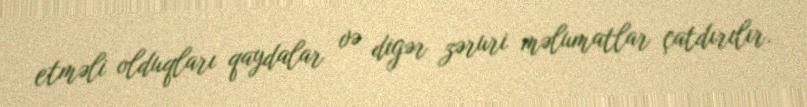
etməli olduqları qaydalar və digər zəruri məlumatlar çatdırılır.